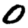
Digit: 0